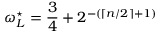
\omega _ { L } ^ { \star } = \frac { 3 } { 4 } + 2 ^ { - ( \lceil n / 2 \rceil + 1 ) }